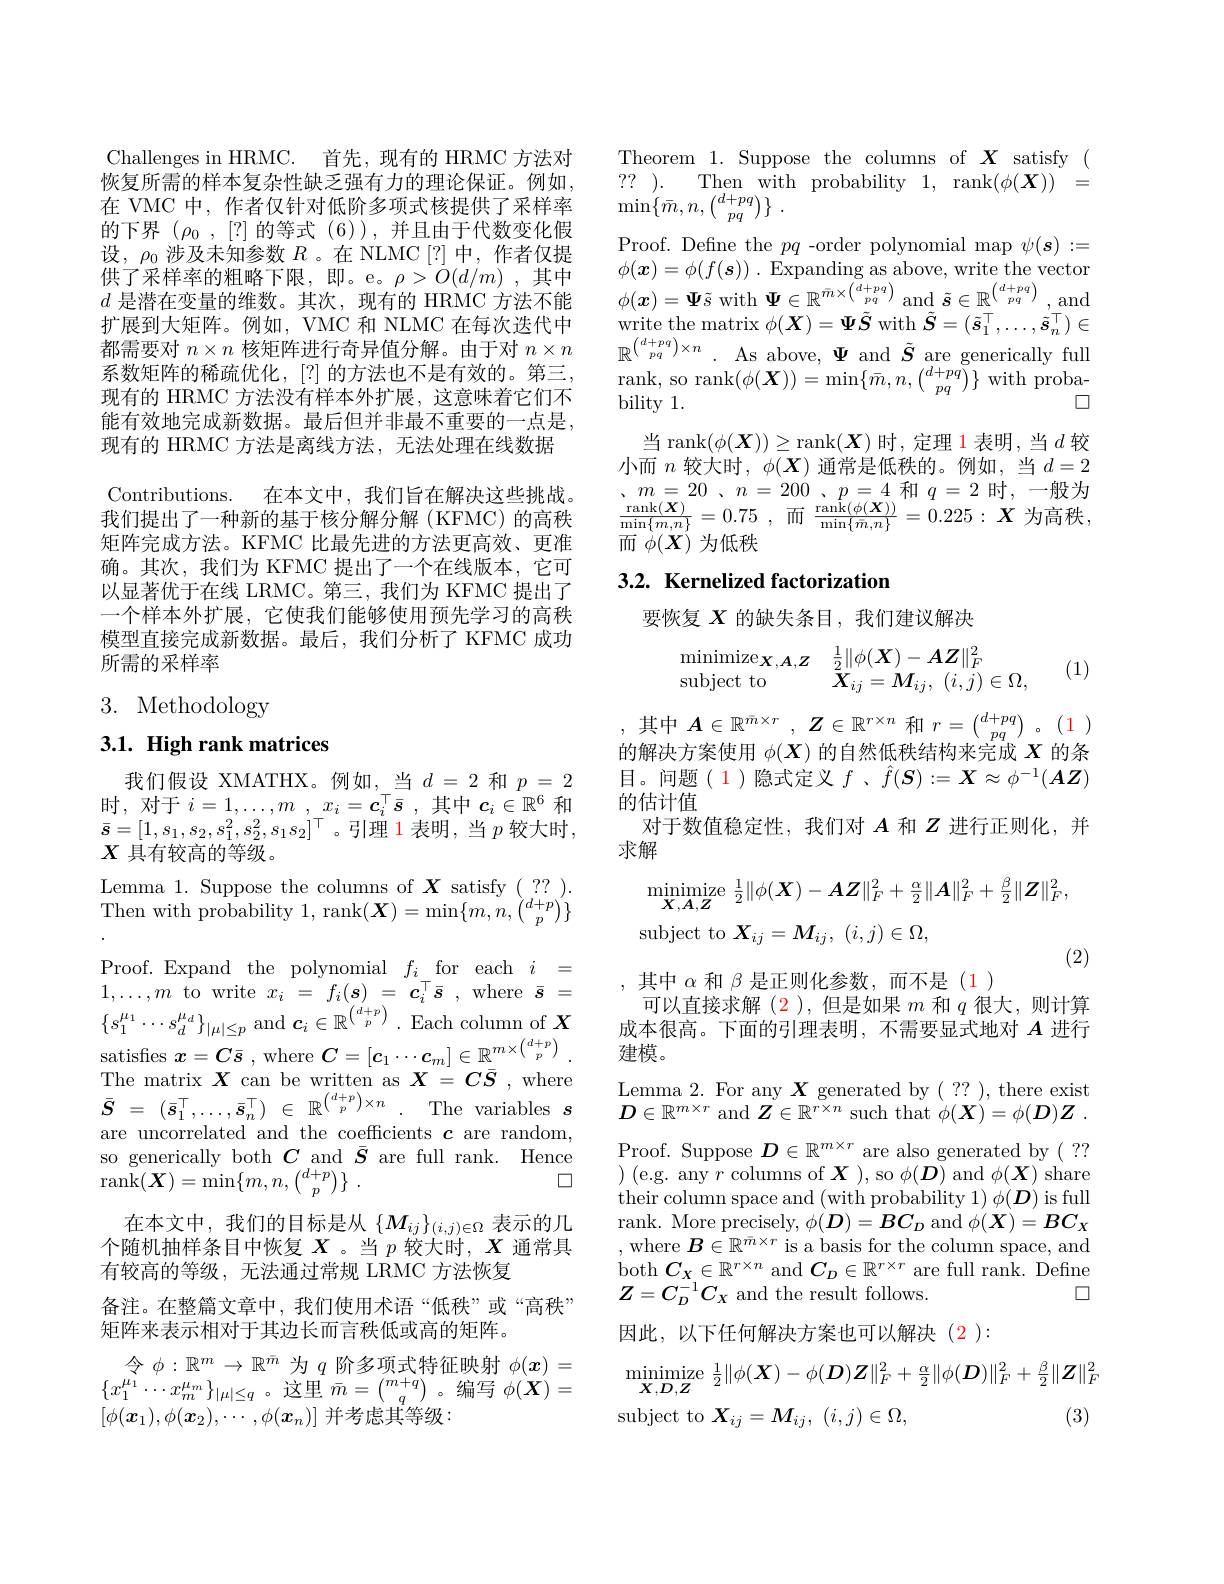
Challenges in HRMC. 首先，现有的 HRMC 方法对恢复所需的样本复杂性缺乏强有力的理论保证。例如， 在 VMC 中，作者仅针对低阶多项式核提供了采样率的下界$(\rho_0,[?]$的等式 (6)),并且由于代数变化假设，$\rho_0$涉及未知参数$R$ 。在 NLMC[?]中，作者仅提供了采样率的粗略下限，即。e。$\rho>O(d/m)$ ,其中$d$是潜在变量的维数。其次，现有的 HRMC 方法不能扩展到大矩阵。例如，VMC 和 NLMC 在每次迭代中都需要对$n\times n$核矩阵进行奇异值分解。由于对$n\times n$ 系数矩阵的稀疏优化，[?]的方法也不是有效的。第三， 现有的 HRMC 方法没有样本外扩展，这意味着它们不能有效地完成新数据。最后但并非最不重要的一点是， 现有的 HRMC 方法是离线方法，无法处理在线数据Contributions. 在本文中，我们旨在解决这些挑战。我们提出了一种新的基于核分解分解(KFMC)的高秩矩阵完成方法。KFMC 比最先进的方法更高效、更准确。其次，我们为 KFMC 提出了一个在线版本，它可以显著优于在线 LRMC。第三，我们为 KFMC 提出了一个样本外扩展，它使我们能够使用预先学习的高秩模型直接完成新数据。最后，我们分析了 KFMC 成功所需的采样率
3. Methodology

## 3.1. High rank matrices

我们假设 XMATHX。例如，当$d=2$和$p=2$ 时，对于$i= 1, \ldots , m$ , $x_i= \boldsymbol{c}_i^\top \bar{s}$ ,其中$c_i\in\mathbb{R}^6$和$\bar{s}=[1,s_{1},s_{2},s_{1}^{2},s_{2}^{2},s_{1}s_{2}]^{\top}$。引理 1 表明，当 $p$ 较大时， $X$具有较高的等级。
Lemma 1. Suppose the columns of $X$ satisfy $(\begin{smallmatrix}??\end{smallmatrix}).$ Then with probability 1, rank$(\boldsymbol X)=\operatorname*{min}\{m,n,\binom{d+p}p\}$ Proof. Expand the polynomial $f_i$ for each $i=$ $1,\ldots,m$ to write $x_{i}=f_{i}(\boldsymbol{s})=\boldsymbol{c}_{i}^{\top}\bar{\boldsymbol{s}}$,where $\bar{\boldsymbol{s}}=$ $\{s_{1}^{\mu_{1}}\cdots s_{d}^{\mu_{d}}\}_{|\mu|\leq p}$ and $\boldsymbol c_i\in\mathbb{R}^{{\binom{d+p}p}}.$ Each column of $X$ satisfies $\boldsymbol{x}= \boldsymbol{C}\overline {s}$ , where $\boldsymbol{C}= [ \boldsymbol{c}_{1}\cdots \boldsymbol{c}_{m}] \in \mathbb{R} ^{m\times \binom {d+ p}p}$ . The matrix $\boldsymbol{X}$ can be written as $\boldsymbol{X}= \boldsymbol{C}\bar{S}$ , where $\bar{S}$ = $( \bar{s} _{1}^{\top }, \ldots , \bar{s} _{n}^{\top })$ $\in$ $\mathbb{R} ^{{\binom {d+ p}p}\times n}$ . The variables $s$ are uncorrelated and the coefficients $c$ are random, so generically both $C$ and $\bar{S}$ are full rank. Hence
$\square$
$\operatorname { rank} ( \boldsymbol{X}) = \operatorname* { min} \{ m, n, \binom {d+ p}p\}$ .
在本文中，我们的目标是从$\{M_{ij}\}_{(i,j)\in\Omega}$表示的几个随机抽样条目中恢复$X$ 。当$p$较大时，$X$通常具有较高的等级，无法通过常规 LRMC 方法恢复
备注。在整篇文章中，我们使用术语“低秩”或“高秩”
矩阵来表示相对于其边长而言秩低或高的矩阵。
令$\phi:\mathbb{R}^m\to\mathbb{R}^{\bar{m}}$为$q$阶多项式特征映射$\phi(x)=$ $\{x_{1}^{\mu_{1}}\cdots x_{m}^{\mu_{m}}\}_{|\mu|\leq q}$。这里$\bar{m}=\binom{m+q}q$。编写$\phi(\boldsymbol{X})=$ $[\phi(\boldsymbol{x}_1),\phi(\boldsymbol{x}_2),\cdots,\phi(\boldsymbol{x}_n)]$ 并考虑其等级：

Theorem 1. Suppose the columns of $X$ satisfy ( $\begin{array}{ccc}{??}&{\mathrm{Then~with~probability~1,~rank}(\phi(\boldsymbol{X}))}&{=}\end{array}$ $\operatorname* { min} \{ \bar{m} , n, \binom {d+ pq}{pq}\}$ .
Proof. Define the $pq$ -order polynomial map $\psi(\boldsymbol s):=$ $\phi(\boldsymbol{x})=\phi(f(\boldsymbol{s})).\operatorname*{Expanding~as~above,~write~the~vector}$ $\phi(\boldsymbol{x})=\boldsymbol{\Psi}\tilde{s}$ with $\boldsymbol\Psi\in\mathbb{R}^{\bar{m}\times\binom{\bar{d}+pq}{pq}}$ and $\tilde{\boldsymbol{s}}\in\mathbb{R}^{\binom{d+pq}{pq}}$ , and write the matrix $\phi(\boldsymbol{X})=\boldsymbol{\Psi}\tilde{\boldsymbol{S}}$ with $\tilde{\boldsymbol{S}}=(\tilde{\boldsymbol{s}}_{1}^{\top},\ldots,\tilde{\boldsymbol{s}}_{n}^{\top})\in$ $\mathbb{R}^{\binom{d+pq}{pq}\times n}.$ As above, $\Psi$ and $\tilde{S}$ are generically full $\begin{array}{ll}{\mathrm{rank,~so~rank}(\phi(\boldsymbol{X}))=\mathrm{min}\{\bar{m},n,\binom{d+pq}{pq}\}\mathrm{~with~proba-}}\\{\mathrm{bility~1.}}\end{array}$
$当\operatorname{rank}(\phi(\boldsymbol{X}))\geq\operatorname{rank}(\boldsymbol{X})$时，定理 1表明，当$d$ 较小而$n$较大时$,\phi(\boldsymbol{X})$通常是低秩的。例如，当$d=2$ $\underbrace{、m=20\:、n=\:200\:、p=4\:\text{和}\:q=\:2\:\text{时}\:,\:\text{一般为}}$ $\frac {\operatorname { rank} ( \boldsymbol{X}) }{\operatorname* { min} \{ m, n\} }= 0. 75$ , 而$\frac{\operatorname{ranik}(\phi(\boldsymbol{X}))}{\operatorname*{min}\{\bar{m},n\}}=0.225:\boldsymbol{X}$为高秩而$\dot{\phi}(\dot{\boldsymbol{X}})$为低秩

## 3.2. Kernelized factorization

要恢复$X$的缺失条目，我们建议解决

(1)
$$\begin{array}{ll}\mathrm{minimize}_{\boldsymbol{X},\boldsymbol{A},\boldsymbol{Z}}&\frac{1}{2}\|\phi(\boldsymbol{X})-\boldsymbol{A}\boldsymbol{Z}\|_{F}^{2}\\\mathrm{subject~to}&\boldsymbol{X}_{ij}=\boldsymbol{M}_{ij},\:(i,j)\in\Omega,\end{array}$$
其中$A\in \mathbb{R} ^{\bar{m} \times r}$ , $\boldsymbol{Z}\in \mathbb{R} ^{r\times n}$和$r= \binom {d+ pq}{pq}$ $。( \color{red} {1})$ 的解决方案使用$\phi(X)$的自然低秩结构来完成$X$的条

目。问题( 1)隐式定义$f$ 、$\hat{f}(\boldsymbol{S}):=\boldsymbol{X}\approx\phi^{-1}(\boldsymbol{A}\boldsymbol{Z})$
的估计值
对于数值稳定性，我们对$A$和$Z$进行正则化，并
求解
$$\mathop{\mathrm{minimize}}\limits_{\boldsymbol{X},\boldsymbol{A},\boldsymbol{Z}}\frac{1}{2}\|\phi(\boldsymbol{X})-\boldsymbol{A}\boldsymbol{Z}\|_F^2+\frac{\alpha}{2}\|\boldsymbol{A}\|_F^2+\frac{\beta}{2}\|\boldsymbol{Z}\|_F^2,$$
$$X_{ij}=M_{ij},\:(i,j)\in\Omega,$$
(2)

其中$\alpha$和$\beta$是正则化参数，而不是(1)
可以直接求解(2),但是如果$m$和$q$很大，则计算成本很高。下面的引理表明，不需要显式地对$A$进行建模。
Lemma 2. For any $X$ generated by ( ?? ), there exist $D\in\mathbb{R}^{m\times r}$ and $\boldsymbol{Z}\in\mathbb{R}^{r\times n}$ such that $\dot\phi(\boldsymbol{X}^{\prime})=\phi(\boldsymbol{D})\boldsymbol{Z}.$ Proof. Suppose $D\in\mathbb{R}^m\times r$ are also generated by ( ? ? ) ( e. g. any $r$ columns of $X$ ), so $\phi(\boldsymbol{D})$ and $\phi(\boldsymbol{X})$ share their column space and (with probability $1)\phi(\boldsymbol{D})$ is full $\begin{array}{l}\mathrm{rank.~More~precisely,~}\phi(\boldsymbol{D})=\boldsymbol{B}\boldsymbol{C}_{D}\mathrm{~and~}\phi(\boldsymbol{X})=\boldsymbol{B}\boldsymbol{C}_{X}\\\mathrm{,~where~}\boldsymbol{B}\in\mathbb{R}^{\bar{m}\times r}\mathrm{~is~a~basis~for~the~column~space,~and}\end{array}$ both $C_X\in\mathbb{R}^{r\times n}$ and $C_D\in\mathbb{R}^{r\times r}$ are full rank. Define
$\square$
$Z=C_D^{-1}C_X$ and the result follows.
因此，以下任何解决方案也可以解决(2):
$$\operatorname*{inimize}_{\boldsymbol{X},\boldsymbol{D},\boldsymbol{Z}}\frac{1}{2}\|\phi(\boldsymbol{X})-\phi(\boldsymbol{D})\boldsymbol{Z}\|_{F}^{2}+\frac{\alpha}{2}\|\phi(\boldsymbol{D})\|_{F}^{2}+\frac{\beta}{2}\|\boldsymbol{Z}\|_{F}^{2}$$
(3)
subject to $X_{ij}= M_{ij}$, $( i, j) \in \Omega $,